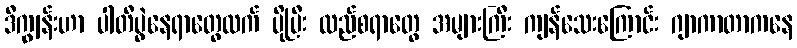
ဒီကျွန်းဟာ ပါတီပွဲနေရာတွေထက် ပိုပြီး လည်စရာတွေ အများကြီး ကျန်သေးကြောင်း ဂျာကာတာကနေ